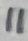
Text: 11